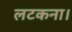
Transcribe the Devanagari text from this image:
लटकना।